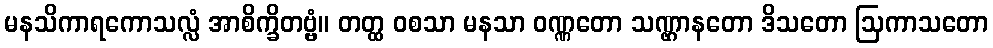
မနသိကာရကောသလ္လံ အာစိက္ခိတဗ္ဗံ။ တတ္ထ ဝစသာ မနသာ ဝဏ္ဏတော သဏ္ဌာနတော ဒိသတော ဩကာသတော